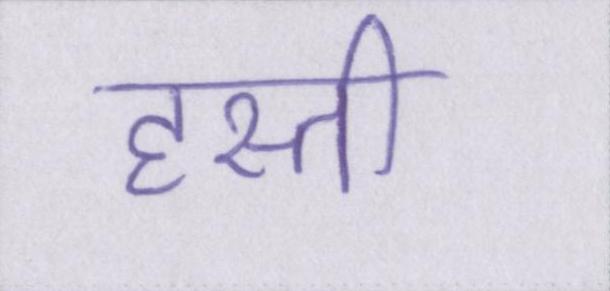
हस्ती